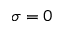
\sigma = 0